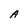
Character: A